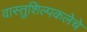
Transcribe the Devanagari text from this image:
वास्तुशिल्पकलेचे